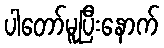
ပါတော်မူပြီးနောက်